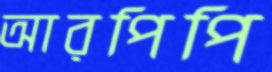
আরপিপি